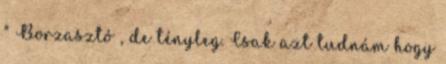
" Borzasztó , de tényleg. Csak azt tudnám hogy